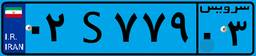
۹۹S۱۹۶۶۶